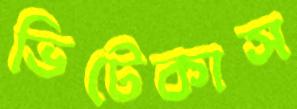
ভিটেকাস